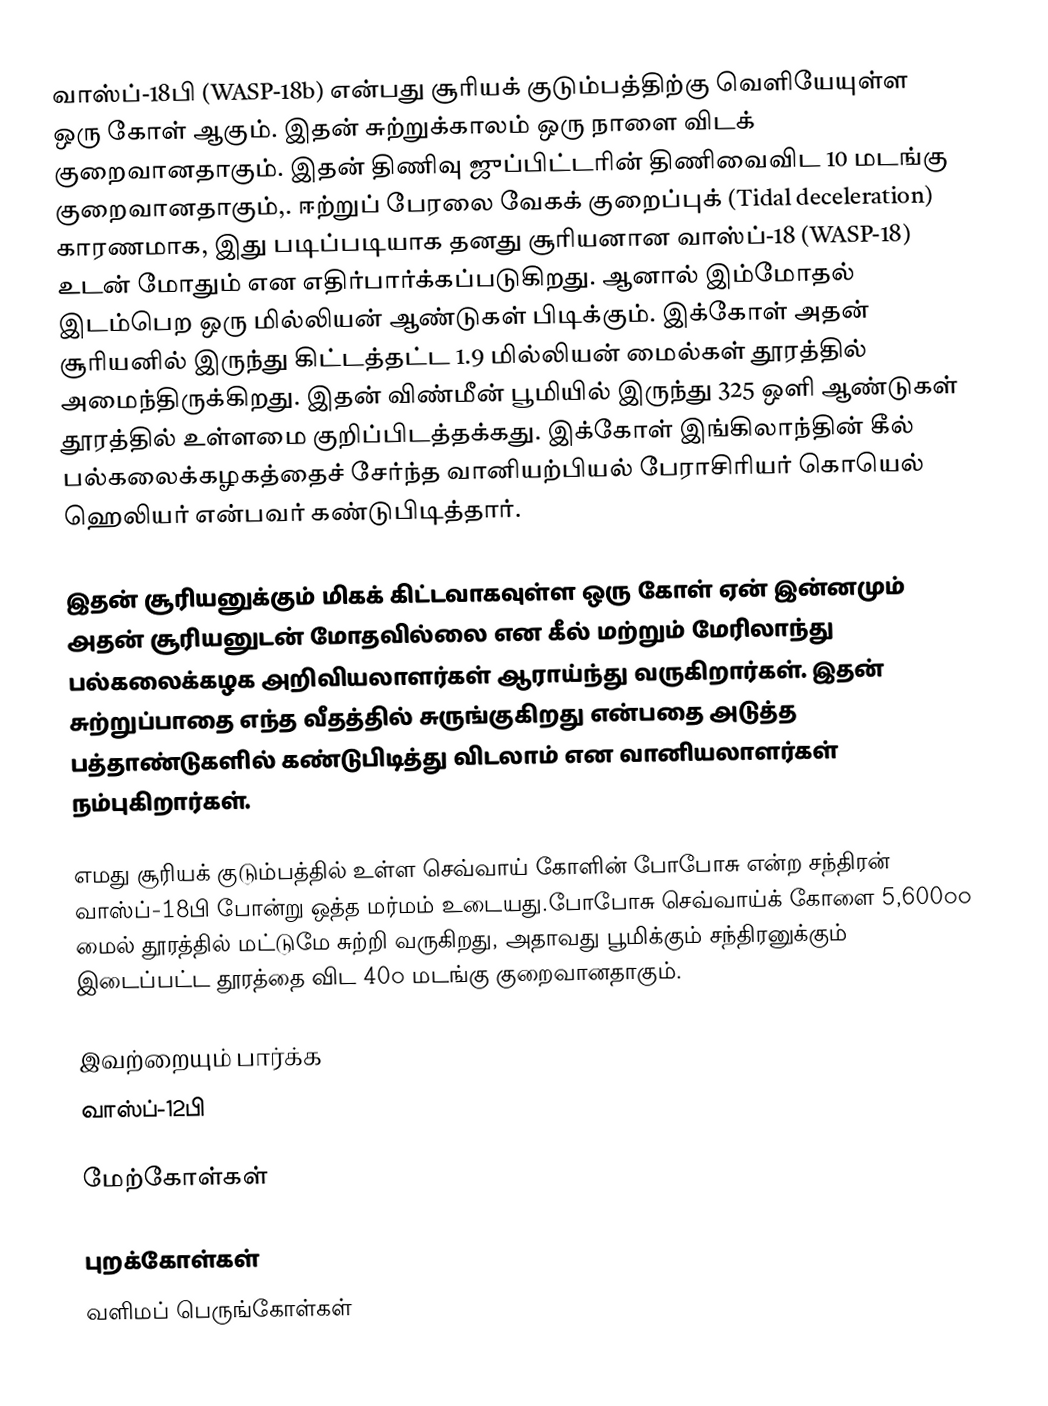
வாஸ்ப்-18பி (WASP-18b) என்பது சூரியக் குடும்பத்திற்கு வெளியேயுள்ள ஒரு கோள் ஆகும். இதன் சுற்றுக்காலம் ஒரு நாளை விடக் குறைவானதாகும். இதன் திணிவு ஜுப்பிட்டரின் திணிவைவிட 10 மடங்கு குறைவானதாகும்,. ஈற்றுப் பேரலை வேகக் குறைப்புக் (Tidal deceleration) காரணமாக, இது படிப்படியாக தனது சூரியனான வாஸ்ப்-18 (WASP-18) உடன் மோதும் என எதிர்பார்க்கப்படுகிறது. ஆனால் இம்மோதல் இடம்பெற ஒரு மில்லியன் ஆண்டுகள் பிடிக்கும். இக்கோள் அதன் சூரியனில் இருந்து கிட்டத்தட்ட 1.9 மில்லியன் மைல்கள் தூரத்தில் அமைந்திருக்கிறது. இதன் விண்மீன் பூமியில் இருந்து 325 ஒளி ஆண்டுகள் தூரத்தில் உள்ளமை குறிப்பிடத்தக்கது. இக்கோள் இங்கிலாந்தின் கீல் பல்கலைக்கழகத்தைச் சேர்ந்த வானியற்பியல் பேராசிரியர் கொயெல் ஹெலியர் என்பவர் கண்டுபிடித்தார்.

இதன் சூரியனுக்கும் மிகக் கிட்டவாகவுள்ள ஒரு கோள் ஏன் இன்னமும் அதன் சூரியனுடன் மோதவில்லை என கீல் மற்றும் மேரிலாந்து பல்கலைக்கழக அறிவியலாளர்கள் ஆராய்ந்து வருகிறார்கள். இதன் சுற்றுப்பாதை எந்த வீதத்தில் சுருங்குகிறது என்பதை அடுத்த பத்தாண்டுகளில் கண்டுபிடித்து விடலாம் என வானியலாளர்கள் நம்புகிறார்கள்.

எமது சூரியக் குடும்பத்தில் உள்ள செவ்வாய் கோளின் போபோசு என்ற சந்திரன் வாஸ்ப்-18பி போன்று ஒத்த மர்மம் உடையது.போபோசு செவ்வாய்க் கோளை 5,600௦௦ மைல் தூரத்தில் மட்டுமே சுற்றி வருகிறது, அதாவது பூமிக்கும் சந்திரனுக்கும் இடைப்பட்ட தூரத்தை விட 40௦ மடங்கு குறைவானதாகும்.

இவற்றையும் பார்க்க
வாஸ்ப்-12பி

மேற்கோள்கள்

புறக்கோள்கள்
வளிமப் பெருங்கோள்கள்